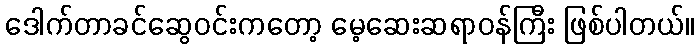
ဒေါက်တာခင်ဆွေဝင်းကတော့ မေ့ဆေးဆရာဝန်ကြီး ဖြစ်ပါတယ်။